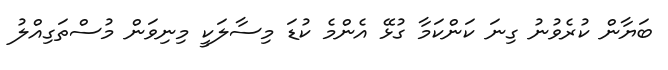
ބަޔާން ކުރެވުނު ގިނަ ކަންކަމާ ގުޅޭ އެންމެ ކުޑަ މިސާލަކީ މިނިވަން މުސްތަގިއްލު